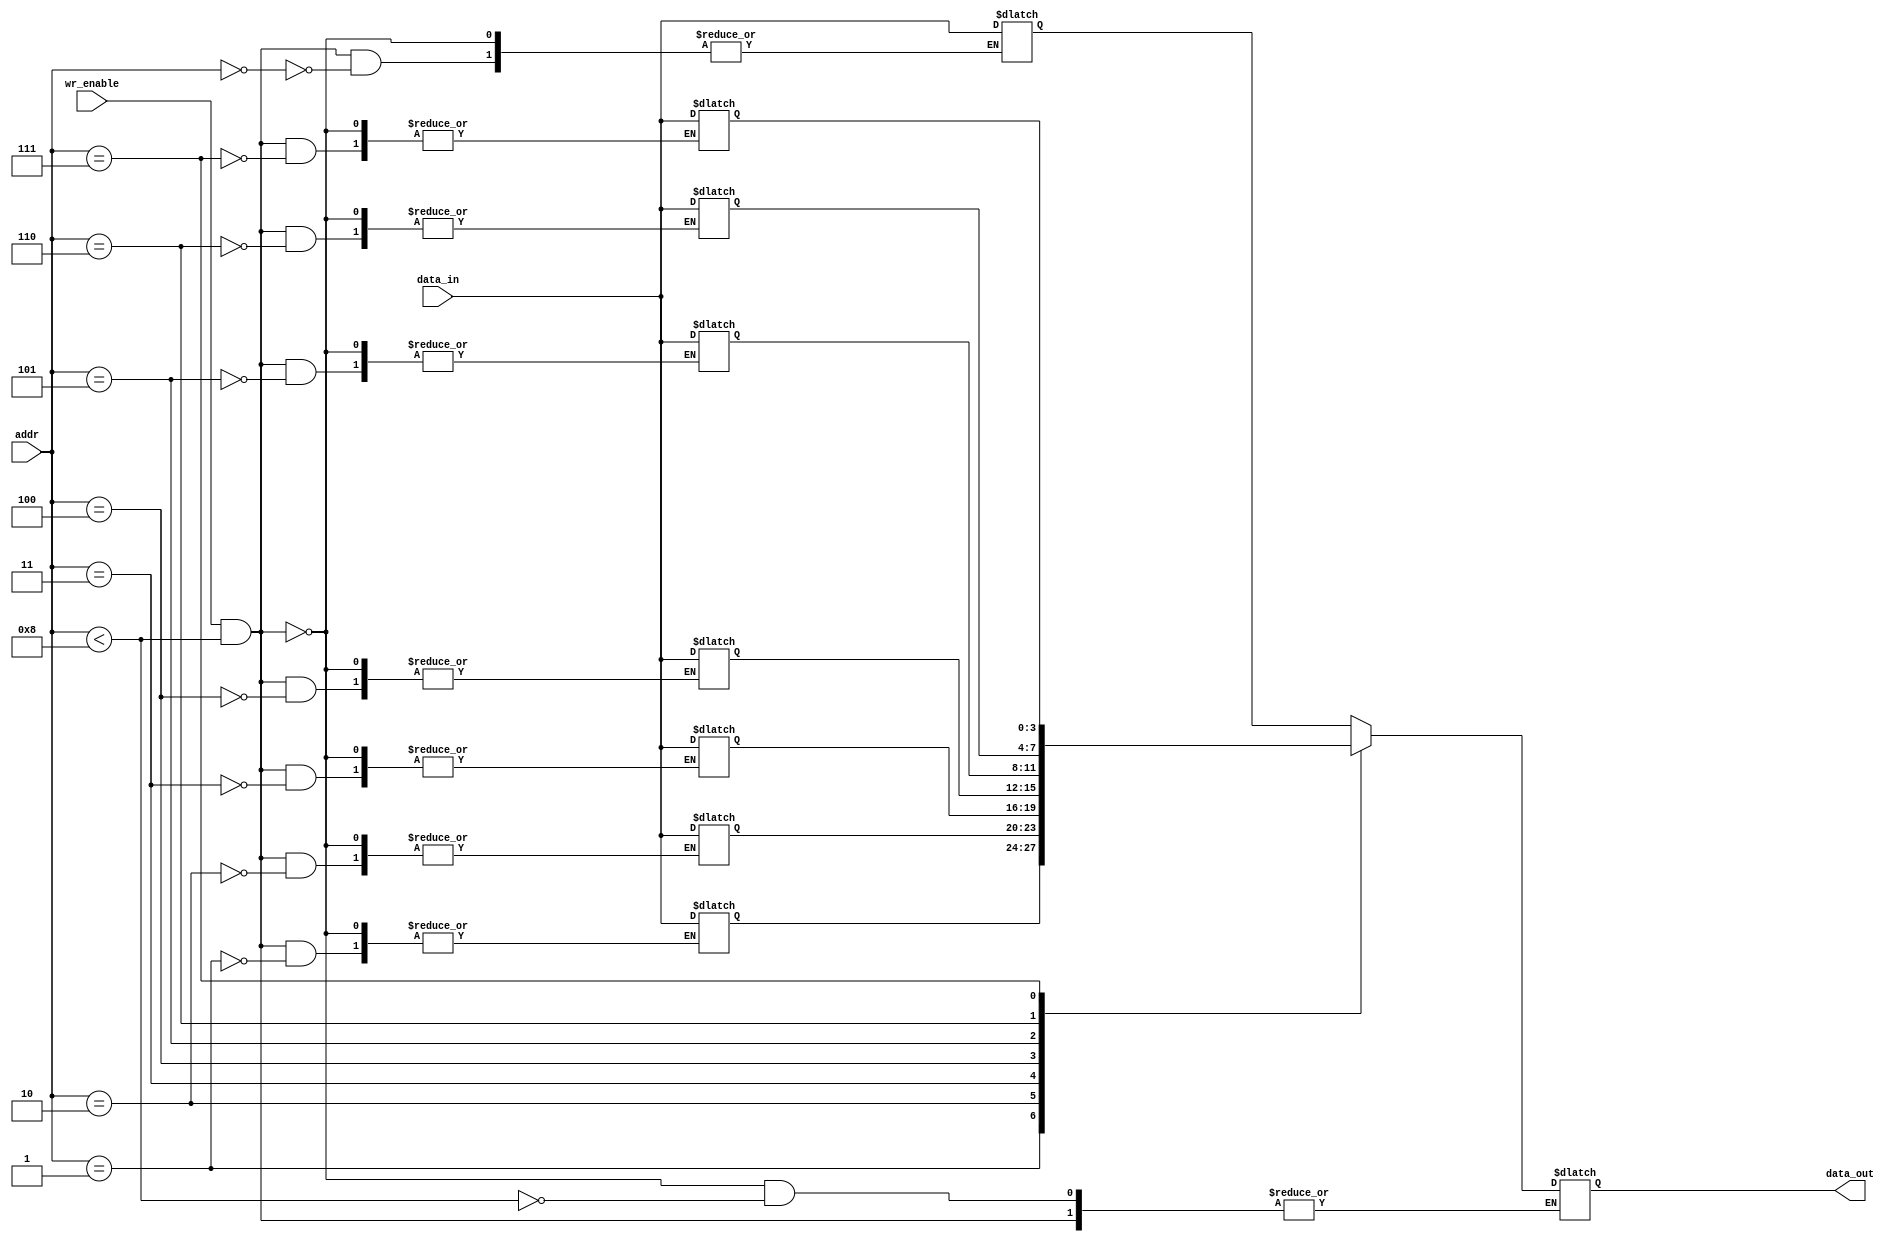
`timescale 1ns / 1ps
//////////////////////////////////////////////////////////////////////////////////
// Company: 
// Engineer: 
// 
// Design Name: 
// Module Name: para_memo8x4
// Project Name: 
// Target Devices: 
// Tool Versions: 
// Description: 
// 
// Dependencies: 
// 
// Revision:
// Revision 0.01 - File Created
// Additional Comments:
// 
//////////////////////////////////////////////////////////////////////////////////


module para_memo8x4 #(
    parameter ADDR_WIDTH = 3,
    parameter DATA_WIDTH = 4,
    parameter DEPTH = 8
) (
    input [ADDR_WIDTH-1:0] addr,
    input [DATA_WIDTH-1:0] data_in,
    input wr_enable,
    output reg [DATA_WIDTH-1:0] data_out
);

    reg [DATA_WIDTH-1:0] mem [0:DEPTH-1];

    always @(*) begin
        if (wr_enable && (addr < DEPTH)) // Write operation
            mem[addr] <= data_in;
        else if (addr < DEPTH) // Read operation
            data_out <= mem[addr];
    end

endmodule